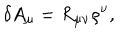
LaTeX: \delta A _ { \mu } = R _ { \mu \nu } \rho ^ { \nu } ,